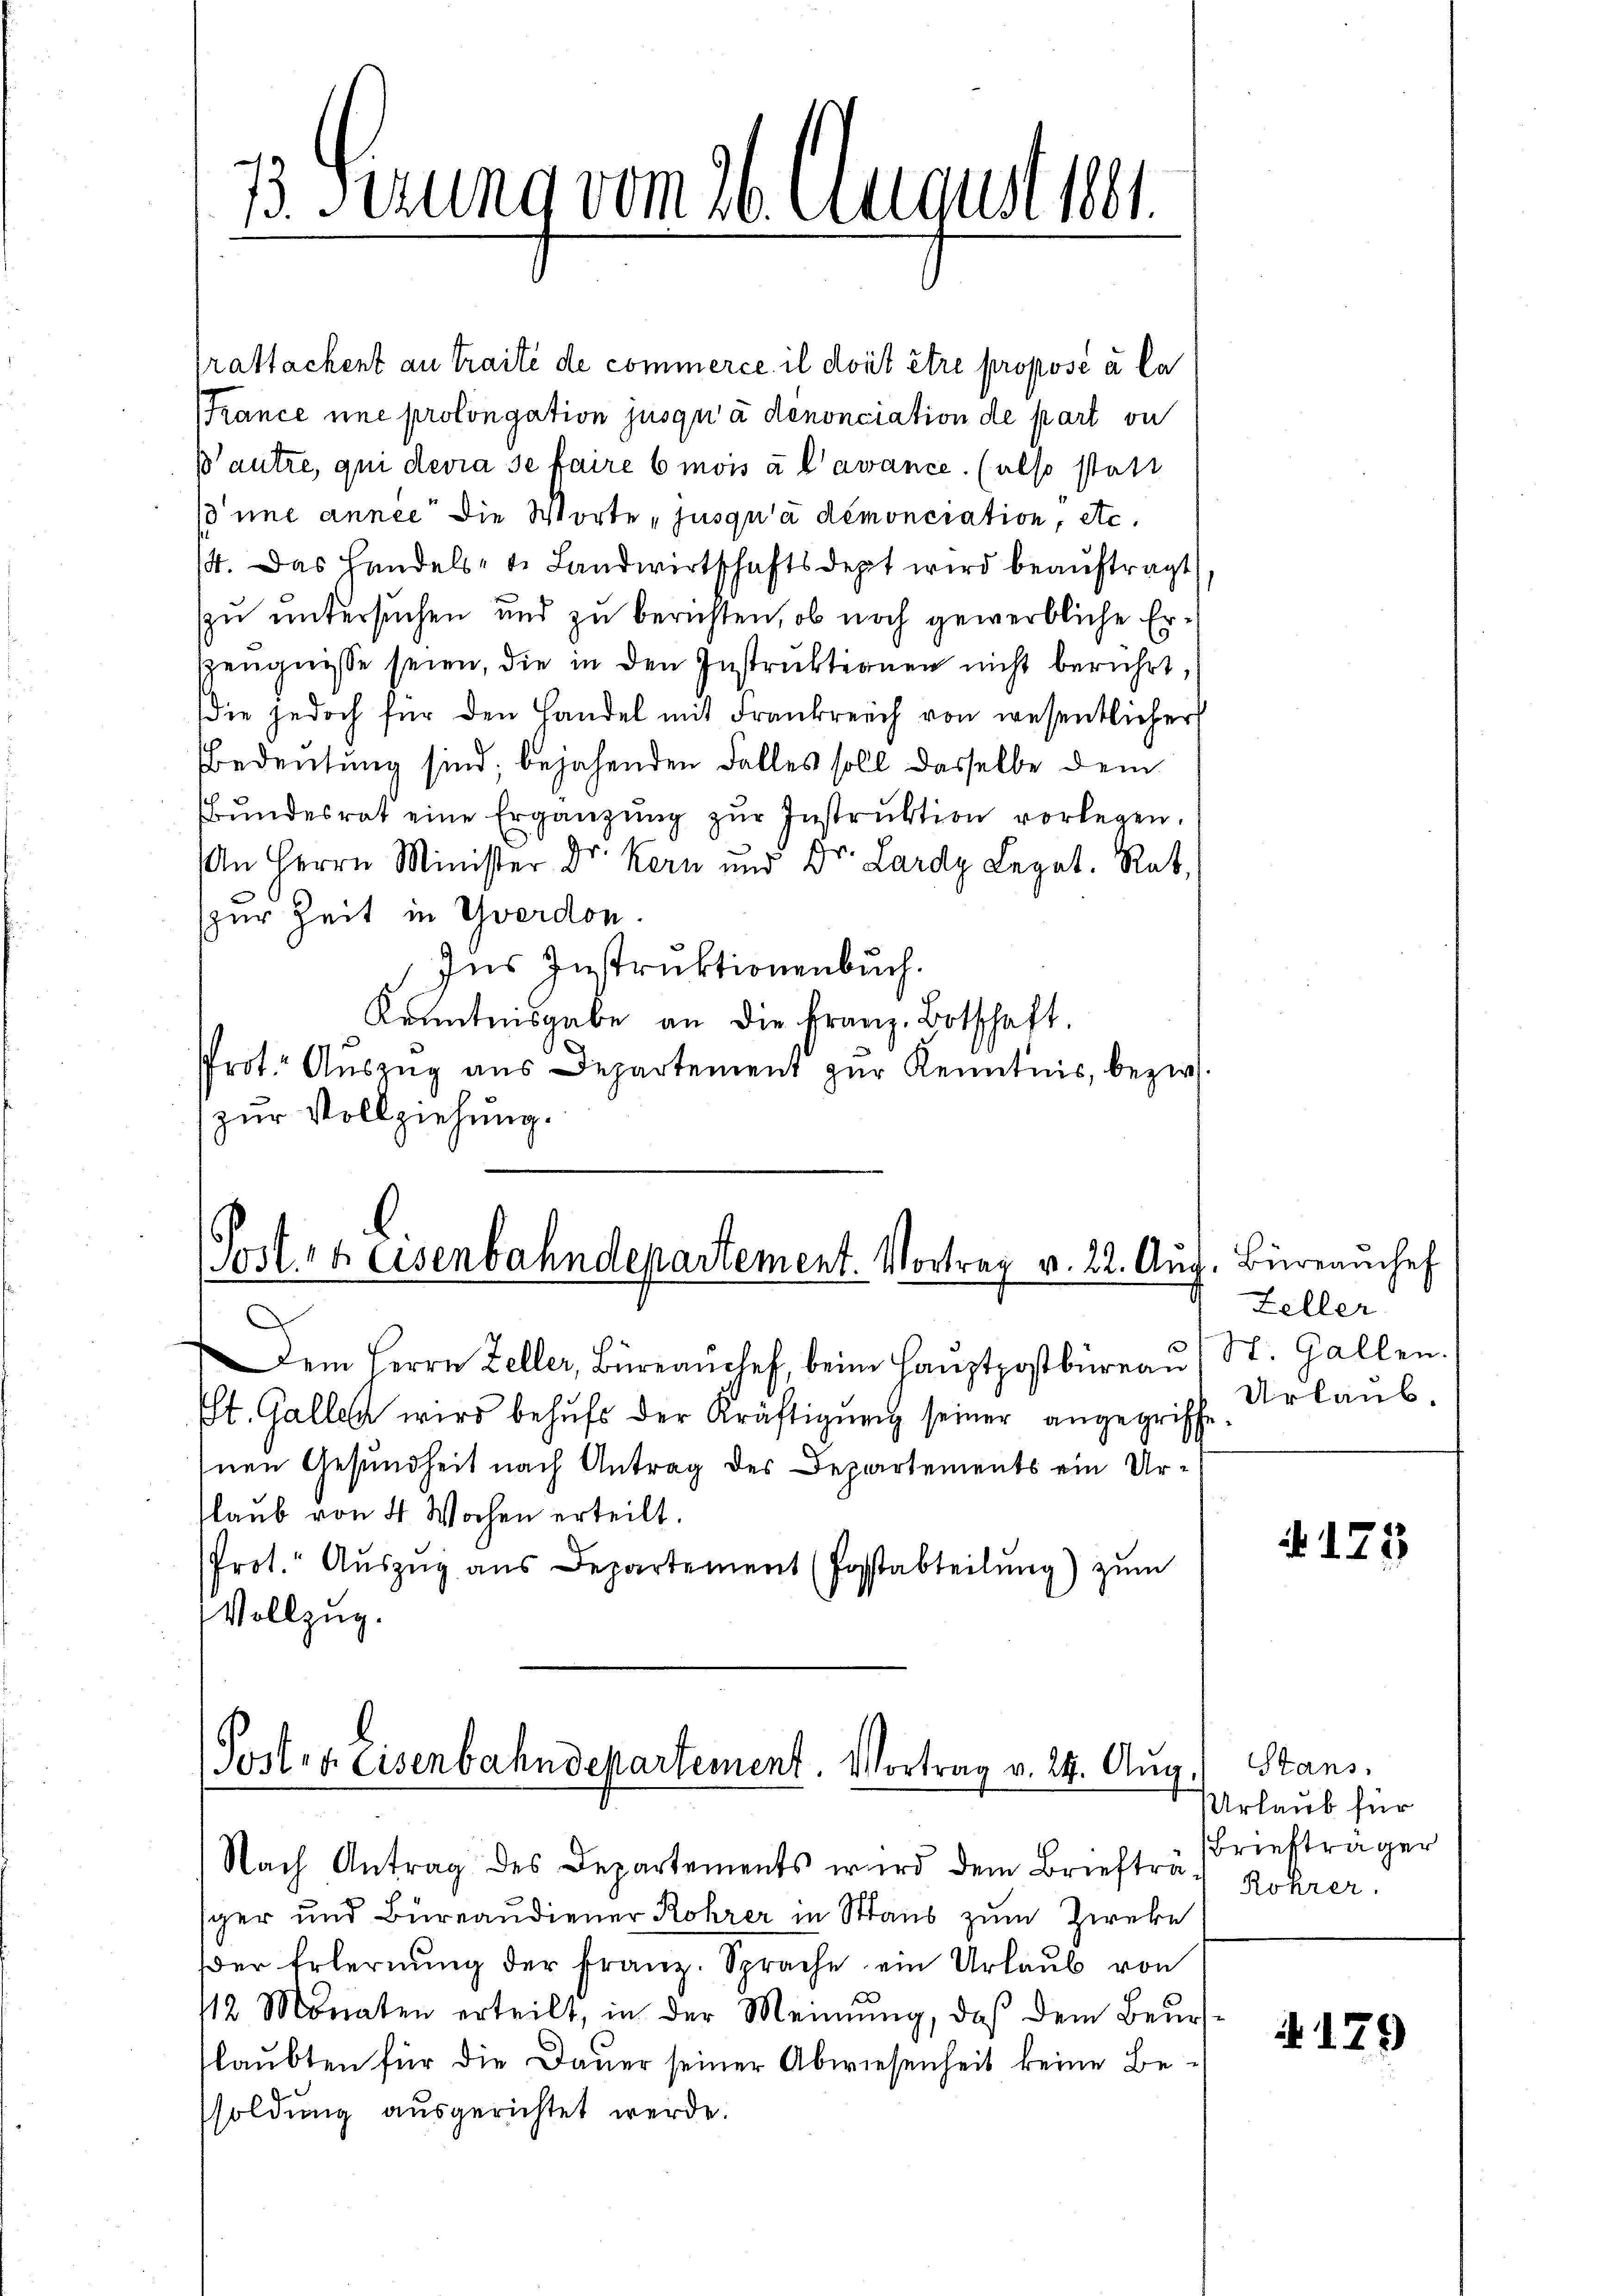
13. Ferung vom 26. August ver

rattackent au traité de commerce il doit être proposé à la
France une prolongation jusqu’à denonciation de part ou
W’autre, qui devra se faire 6 mois à l’avance. (also statt
’une année die Worte „jusqu’à démonciation, etc.
14. Das Handels- t. Landwirtschaftsdeppt wird beauftragt
zu untersuchen und zu berichten, ob noch gewerbliche Er¬
Zeugnisse seien, die in den Instruktionen nicht berührt,
die jedoch für den Handel mit Frankreich von wesentlicher
Bedeutung sind; bejahenden Falles soll dasselbe dem
bŭndesrat eine Ergänzŭng zŭr Instruktion vorlegen.
An Herrn Minister Dr. Kern und Dr. Lardy Legat. Rat,
zur Zeit in Yverdon.
Ins Instruktionenbuch.
Kenntnisgabe an die Franz-Botschaft.
Prot. Auszug aus Departement zur Kenntnis, bezw.
zŭr Vollziehung.

(Post 44 Eisenbahndepartement. Vortrag v. 22. Aug. Büreamchef

Dem Herrn Zeller, Büreanchef, beim Haŭptpostbüreaŭ St. Gallen.
St. Gallen wird behufs der Kräftigung seiner angegriffe
inen Gesundheit nach Antrag des Departements ein Urlaub von 4 Wochen erteilt.
Prot. Auszug aus Departement (Hosstabteilung) zum
Vollzug.

Portig. Eisenbahndepartement. Vortrag v. 24. Aug.

Nach Antrag des Departements wird dem Brieftrag Rohrer

sper und Bureaudiener Rohrer in Staus zum Zweke
der Erlernŭng der franz. Sprache ein Urlaŭb von
112 Monaten erteilt, in der Meinŭng, daß dem Beŭrs-
laubten für die Dauer seiner Abwiesenheit keine Be-
soldung ausgerichtet werde.

Zeller
Urlaub.

175

Stans.
Urlaub für
Briefträger

4179